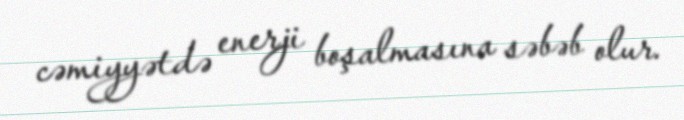
cəmiyyətdə enerji boşalmasına səbəb olur.